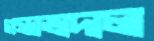
গন্ধাভাদাল